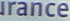
urance